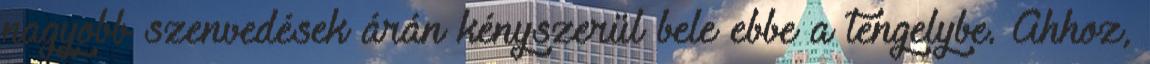
nagyobb szenvedések árán kényszerül bele ebbe a tengelybe. Ahhoz,